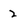
Character: 2